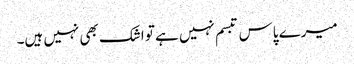
میرے پاس تبسم نہیں ہے تو اشک بھی نہیں ہیں۔